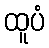
ထူပံ